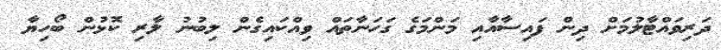
ދަރިވައްޓާލުމަށް ދިން ފައިސާއާއި މަންމަގެ ގަހަނާތައް ވިއްކައިގެން ލިބުނު ލާރި ކޮޅުން ބޯހިޔާ